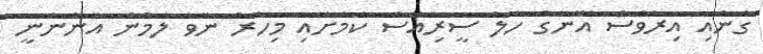
ގެނައި އިރުވެސް އޭނާގެ ހާލު ސީރިއަސް ކަމަށާއި މިހާރު ނޭވާ ލަމުން އަންނަނީ